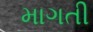
માગતી